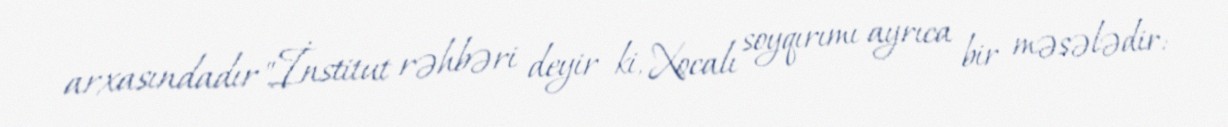
arxasındadır".İnstitut rəhbəri deyir ki, Xocalı soyqırımı ayrıca bir məsələdir: